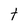
Character: t